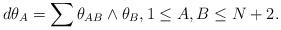
LaTeX: \begin{align*}d\theta_A = \sum \theta_{AB}\wedge \theta_B, 1\le A,B \le N+2.\end{align*}